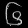
Digit: ၆